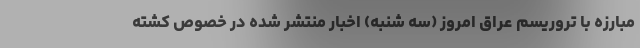
مبارزه با تروریسم عراق امروز (سه شنبه) اخبار منتشر شده در خصوص کشته